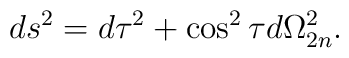
ds^2 = d\tau^2 + \cos^2 \tau d\Omega_{2 n}^2.